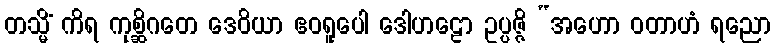
တသ္မိံ ကိရ ကုစ္ဆိဂတေ ဒေဝိယာ ဧဝရူပေါ ဒေါဟဠော ဥပ္ပဇ္ဇိ “အဟော ဝတာဟံ ရညော